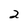
Character: 2